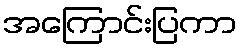
အကြောင်းပြကာ